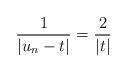
LaTeX: \begin{align*} \frac{1}{\vert u_n-t\vert}= \frac{2}{\vert t\vert}\end{align*}